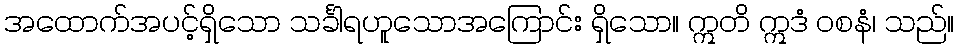
အထောက်အပင့်ရှိသော သင်္ခါရဟူသောအကြောင်း ရှိသော။ ဣတိ ဣဒံ ဝစနံ၊ သည်။